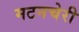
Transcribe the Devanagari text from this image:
मटनचेरी